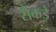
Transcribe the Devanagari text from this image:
सैंकड़े